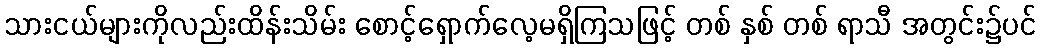
သားငယ်များကိုလည်းထိန်းသိမ်း စောင့်ရှောက်လေ့မရှိကြသဖြင့် တစ် နှစ် တစ် ရာသီ အတွင်း၌ပင်